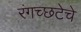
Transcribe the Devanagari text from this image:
रंगच्‍छटेचे